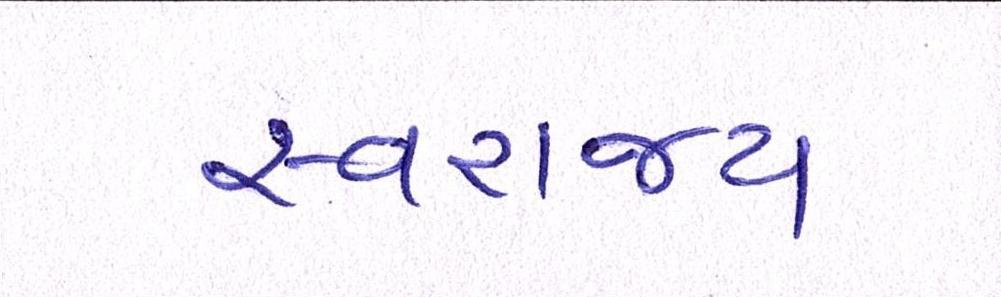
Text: સ્વરાજ્ય